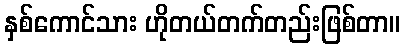
နှစ်ကောင်သား ဟိုတယ်တက်တည်းဖြစ်တာ။